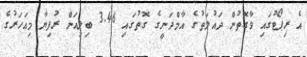
އެ ރިޕޯޓުގައި ވާގޮތުން ދައުލަތުގެ އާމްދަނީގެ ގޮތުގައި 3.46 ބިލިއަން ރުފިޔާ މިއަހަރުގެ